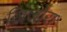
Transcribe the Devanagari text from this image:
जिंजोरा